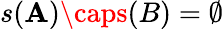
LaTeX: s(\mathbf{A})\caps(B)=\emptyset